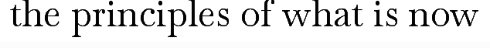
the principles of what is now